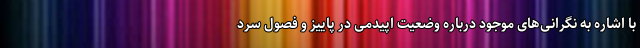
با اشاره به نگرانی‌های موجود درباره وضعیت اپیدمی در پاییز و فصول سرد